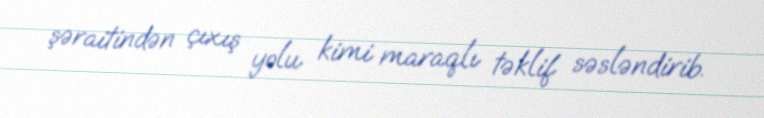
şəraitindən çıxış yolu kimi maraqlı təklif səsləndirib.